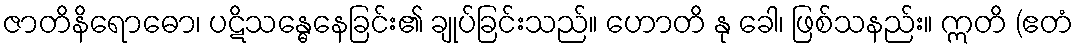
ဇာတိနိရောဓော၊ ပဋိသန္ဓေနေခြင်း၏ ချုပ်ခြင်းသည်။ ဟောတိ နု ခေါ၊ ဖြစ်သနည်း။ ဣတိ (ဧတံ